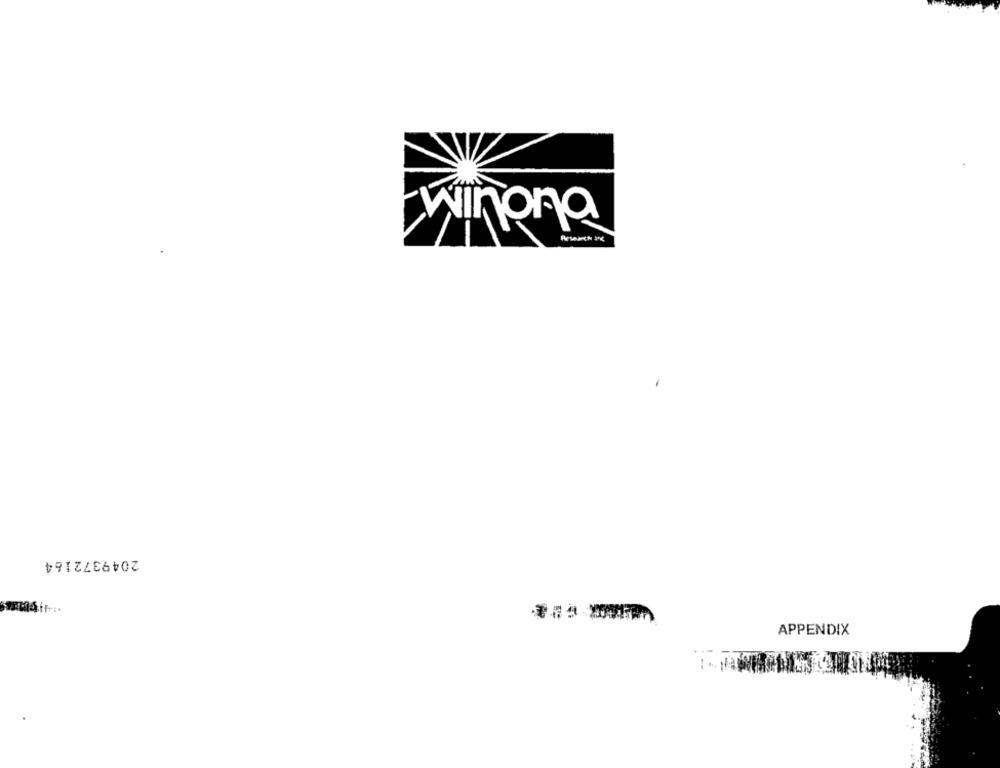
iñona
2049372164
APPENDIX